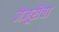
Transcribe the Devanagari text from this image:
जेजूरीचा